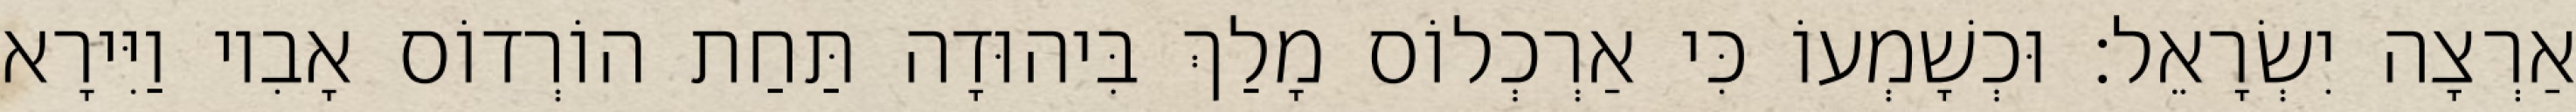
אַרְצָה יִשְׂרָאֵל׃ וּכְשָׁמְעוֹ כִּי אַרְכְלוֹס מָלַךְ בִּיהוּדָה תַּחַת הוֹרְדוֹס אָבִיו וַיִּירָא